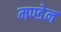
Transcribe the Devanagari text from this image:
मण्‍डेन